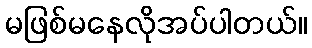
မဖြစ်မနေလိုအပ်ပါတယ်။